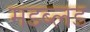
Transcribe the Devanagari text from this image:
मडब्लड